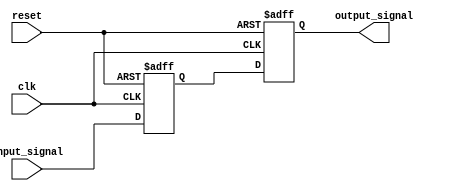
module BufferDelay (
    input wire clk,
    input wire reset,
    input wire [7:0] input_signal,
    output reg [7:0] output_signal
);

reg [7:0] buffer;

always @(posedge clk or posedge reset) begin
    if (reset) begin
        buffer <= 8'b0;
        output_signal <= 8'b0;
    end else begin
        buffer <= input_signal;
        output_signal <= buffer;
    end
end

endmodule